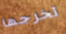
تخرجها